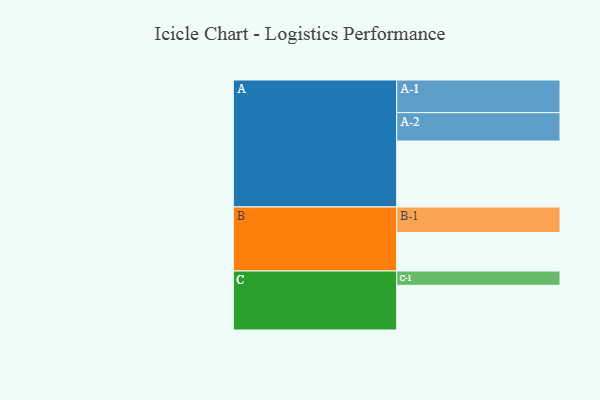
{"axis": {"x": "Segment", "y": "Value"}, "legend": ["", "A", "B", "C"], "data": [{"x": "A", "y": 521, "type": ""}, {"x": "B", "y": 304, "type": ""}, {"x": "C", "y": 353, "type": ""}, {"x": "A-1", "y": 258, "type": "A"}, {"x": "A-2", "y": 224, "type": "A"}, {"x": "B-1", "y": 202, "type": "B"}, {"x": "C-1", "y": 113, "type": "C"}]}